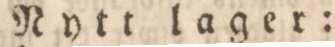
Nytt lager: